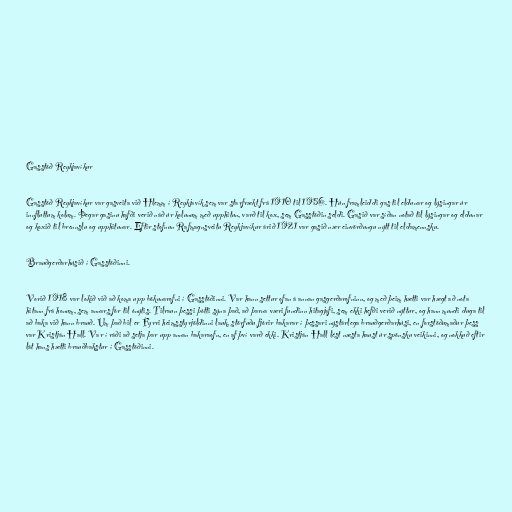
Gasstöð Reykjavíkur

Gasstöð Reykjavíkur var gasveita við Hlemm í Reykjavík sem var starfrækt frá 1910 til 1956. Hún framleiddi gas til eldunar og lýsingar úr
innfluttum kolum. Þegar gasinu hafði verið náð úr kolunum með upphitun, varð til kox, sem Gasstöðin seldi. Gasið var síðan notað til lýsingar og eldunar
og koxið til brennslu og upphitunar. Eftir stofnun Rafmagnsveitu Reykjavíkur árið 1921 var gasið nær einvörðungu nýtt til eldamennsku.

Brauðgerðarhúsið í Gasstöðinni.

Vorið 1918 var lokið við að koma upp bökunarofni í Gasstöðinni. Var hann settur ofan á annan gasgerðarofninn, og með þeim hætti var hægt að nota
hitann frá honum, sem annars fór til ónýtis. Tilraun þessi þótti sýna það, að þarna væri fundinn hitagjafi, sem ekki hefði verið nýttur, og hann mundi duga til
að baka við hann brauð. Um það bil er Fyrri heimsstyrjöldinni lauk, störfuðu fjórir bakarar í þessari nýstárlega brauðgerðarhúsi, en forstöðumaður þess
var Kristján Hall. Var í ráði að setja þar upp annan bakaraofn, en af því varð ekki. Kristján Hall lést næsta haust úr spönsku veikinni, og nokkuð eftir
lát hans hætti brauðbakstur í Gasstöðinni.